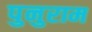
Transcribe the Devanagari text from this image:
पुनुराम